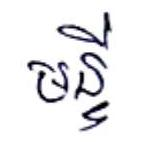
មន្ទី